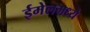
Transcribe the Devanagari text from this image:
ईमेलमध्ये